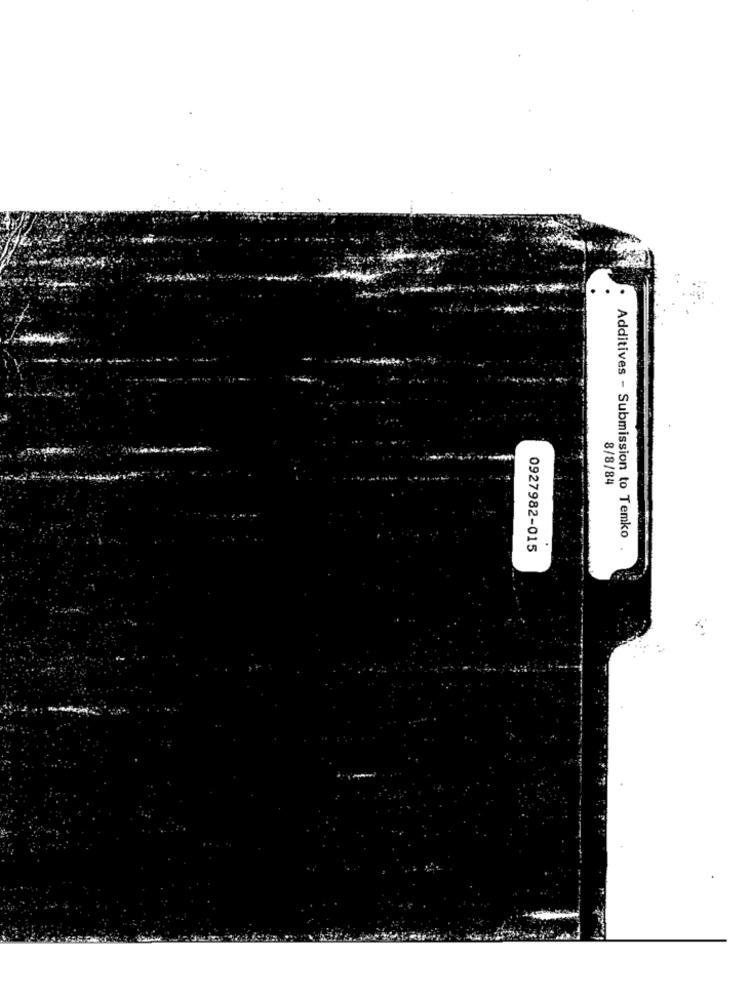
8/8/84
Additives - Submission to Temko
0927982-015